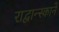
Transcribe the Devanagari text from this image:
राद्वान्स्काने